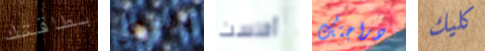
بطاقتك يشتعل أفلست دراجتك كليك